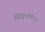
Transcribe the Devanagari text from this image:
मॅककुलमला